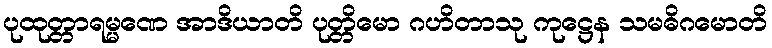
ပုထုတ္တာရမ္မဏေ အာဒိယာတိ ပုတ္တိမော ဂဟိတာသု ကုဋ္ဌေန သမဓိဂမောတိ